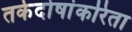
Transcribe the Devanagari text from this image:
तर्कदोषांकरिता